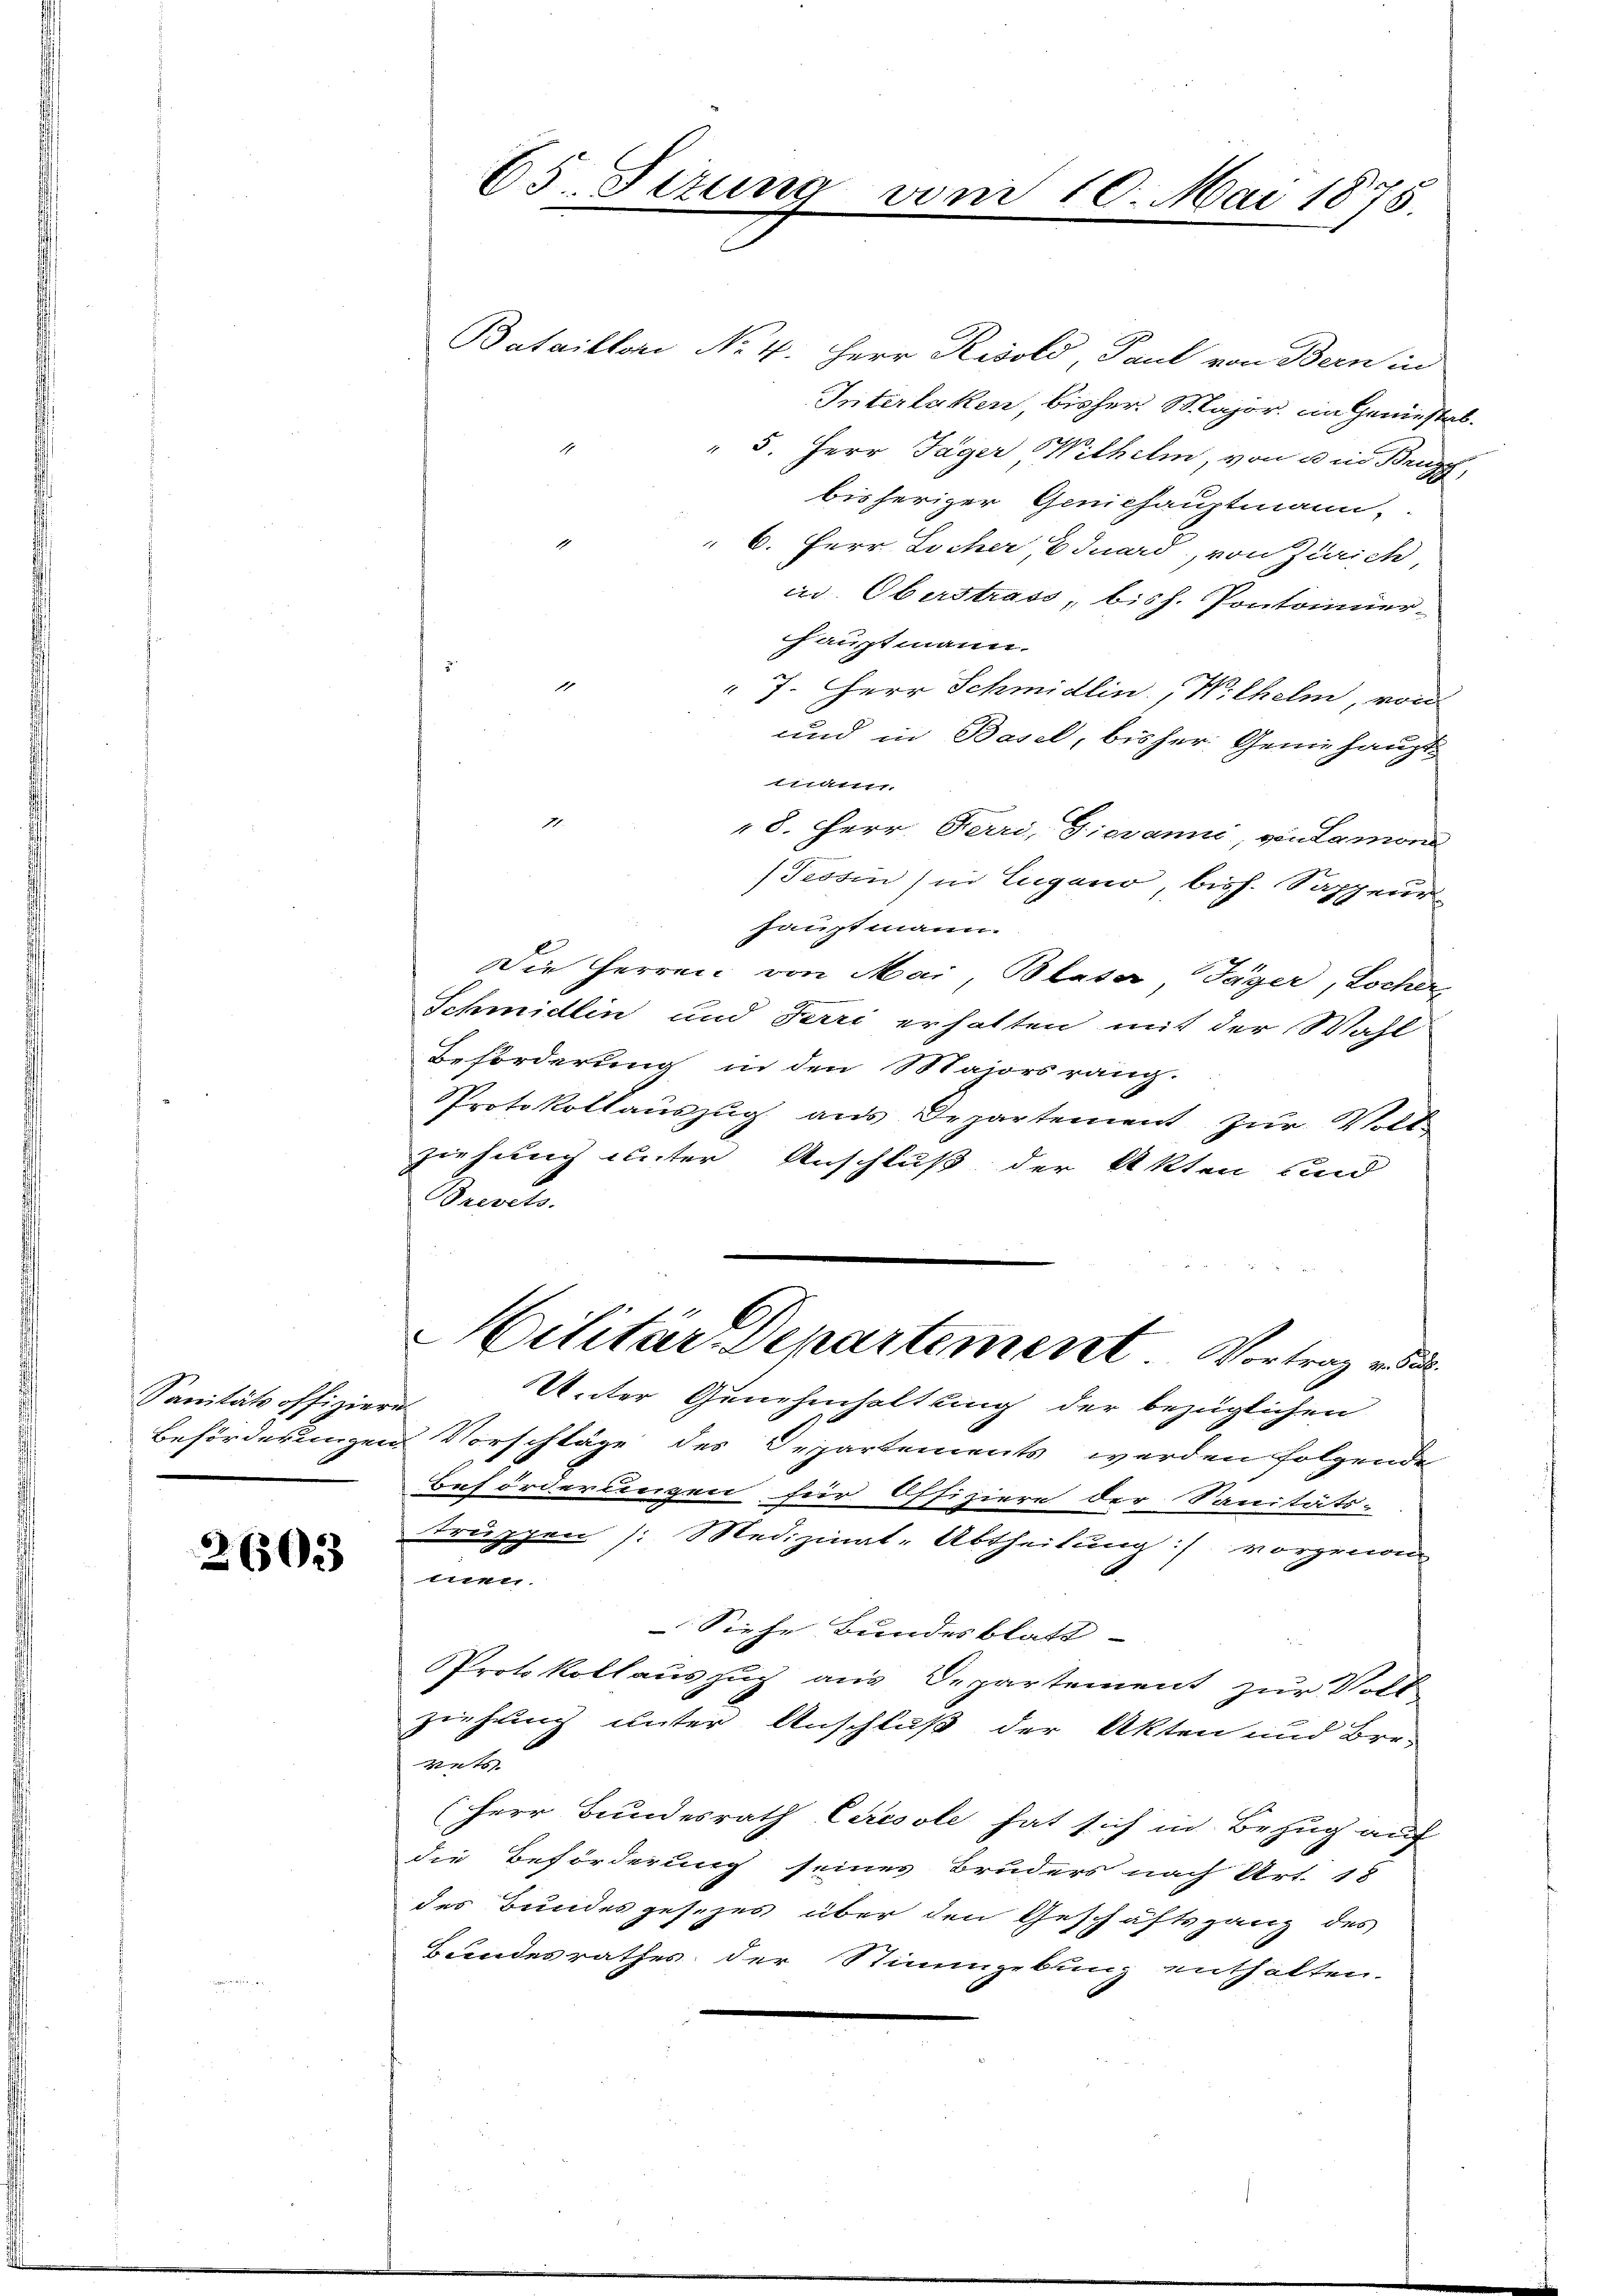
Sanität offiziere

2603

65. Sitzung

Bataillori No 4. Herr Risold, Paul von Bern in
Interlaken, bisher Major im Geniestal¬
 5. Herr Jäger Wilhelm, von 3 in Brugg,
bisheriger Geniehauptmann.
 6. Herr Locher, Eduard, von Zürich,
in Oberstrass, bish. Pontonner-
Hauptmann.
" 7. Herr Schmidlin, Wilhelm, von
und in Basel, bisher Genehaupt
mann.

8. Herr Ferri, Gieranni, von Lamon
Tessin) in Lugano, bish. Sappeur
hauptmann.
Die Herren von Mai, Blata Jäger, Locher
Schmidlin und Terri erhalten mit der Wahl
Beförderung in den Majorsrang.
Protokollauszug aus Departement zur Volk
ziehung unter Anschluß der Akten und
Berorts.
Hilitär Departement Vortrag vo
Unter Genehmhaltung der bezüglichen
Beförderungen Vorschläge des Departements werden folgende
Beförderungen für Offiziere der Sanitäts-
truppen /: Medizinat-Abtheilung :/ vorgenom
men.
Siehe Bundesblatt
PProtokollauszug aus Departement zur Voll
zeihung unter Anschluß der Akten und Ber-
rets.
Herr Bundesrath Ceresole hat sich in Bezug auf
die Beförderung seines Bruders nach Art. 18
des Bundesgesezes über den Geschäftsgang des
Bundesrathes der Stimmgebung enthalten.

vom 10. Mai 1875.